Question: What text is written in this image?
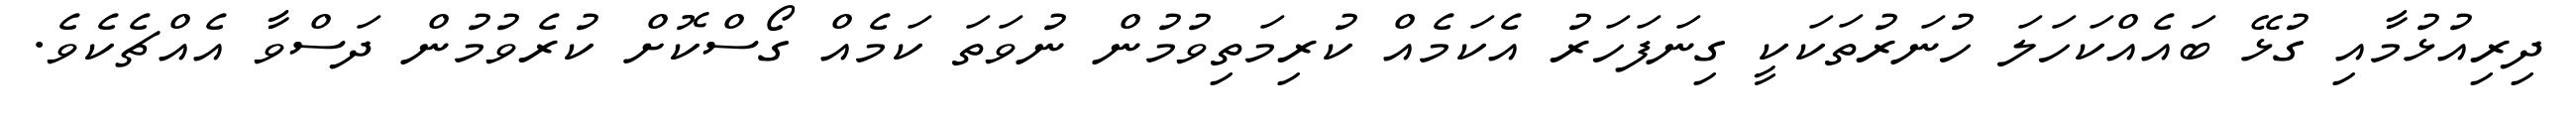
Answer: ދިރިއުޅުމާއި ގުޅޭ ބައެއްކަހަލަ ހުނަރުތަކަކީ ގިނަފަހަރު އެކަމެއް ކުރިމަތިވުމުން ނުވަތަ ކަމެއް ގޯސްކޮށް ކުރެވުމުން ދަސްވާ އެއްޗެކެވެ.